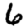
Digit: 6